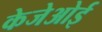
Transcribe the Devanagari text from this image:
केजेओई